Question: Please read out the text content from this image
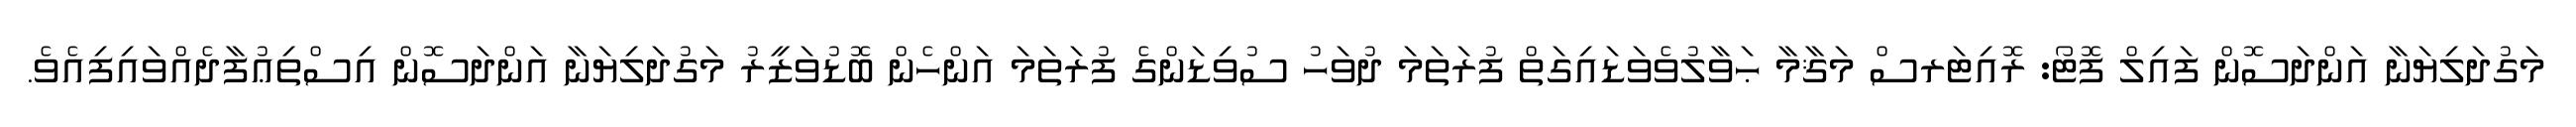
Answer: މަގުދަލިޔަނާ އަންދަސޮން ފައިލް ފޮޓޯ: ރޮއިޓަރސް މަޤާމާ ޙަވާލުވެވަޑައިގަތް ފުރަތަމަ ދުވަހު ސުވިޑަންގެ ފުރަތަމަ އަންހެން ބޮޑުވަޒީރު މަގުދަލިޔަނާ އަންދަސޮން އިސްތިޢުފާދެއްވައިފިއެވެ.